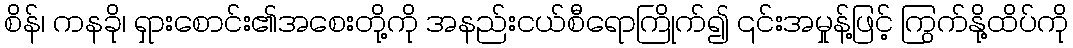
စိန်၊ ကနခို၊ ရှားစောင်း၏အစေးတို့ကို အနည်းငယ်စီရောကြိုက်၍ ၎င်းအမှုန့်ဖြင့် ကြွက်နို့ထိပ်ကို